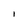
Character: l